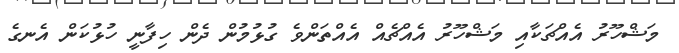
މަޝްހޫރު އެއްޗަކާއި މަޝްހޫރު އެއްޗެއް އެއްތަންވެ ގުޅުމުން ދެން ހިފާނީ ހުޅުކަން އެނގެ